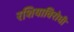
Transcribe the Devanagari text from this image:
रशियाविरोधी